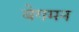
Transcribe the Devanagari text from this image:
वेगमन